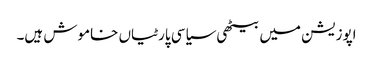
اپوزیشن میں بیٹھی سیاسی پارٹیاں خاموش ہیں۔